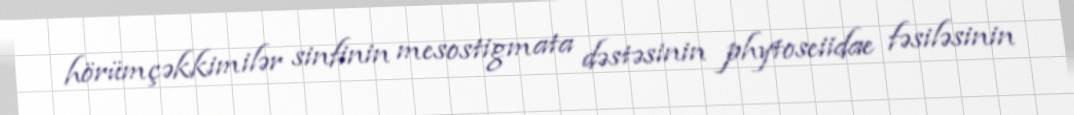
hörümçəkkimilər sinfinin mesostigmata dəstəsinin phytoseiidae fəsiləsinin